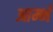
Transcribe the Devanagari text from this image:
आर्म्भ